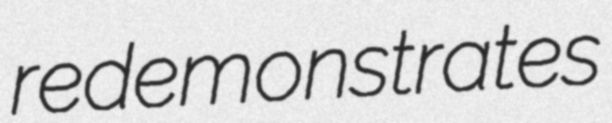
redemonstrates